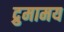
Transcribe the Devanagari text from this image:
द्रुमामय